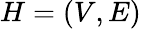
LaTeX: H=(V,E)